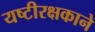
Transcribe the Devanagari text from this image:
यष्टीरक्षकाने